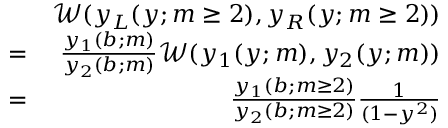
\begin{array} { r l r } & { } & { \mathscr { W } ( y _ { L } ( y ; m \geq 2 ) , y _ { R } ( y ; m \geq 2 ) ) } \\ & { = } & { \frac { y _ { 1 } ( b ; m ) } { y _ { 2 } ( b ; m ) } \mathscr { W } ( y _ { 1 } ( y ; m ) , y _ { 2 } ( y ; m ) ) } \\ & { = } & { \frac { y _ { 1 } ( b ; m \geq 2 ) } { y _ { 2 } ( b ; m \geq 2 ) } \frac { 1 } { ( 1 - y ^ { 2 } ) } } \end{array}